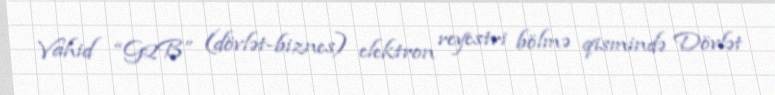
Vahid “G2B” (dövlət-biznes) elektron reyestri bölmə qismində Dövlət